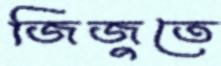
জিজুতে